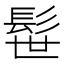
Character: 髰